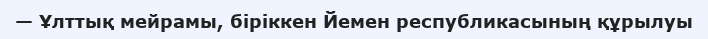
— Ұлттық мейрамы, біріккен Йемен республикасының құрылуы